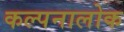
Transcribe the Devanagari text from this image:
कल्पनालोक